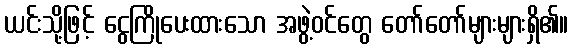
ယင်းသို့ဖြင့် ငွေကြိုပေးထားသော အဖွဲ့ဝင်တွေ တော်တော်များများရှိ၏။